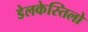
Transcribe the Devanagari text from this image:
डेलकेस्तिलो